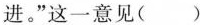
进。”这一意见()